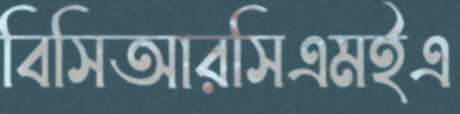
বিসিআরসিএমইএ